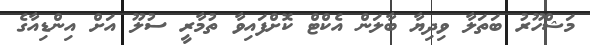
މަޝްހޫރު ބަތަލާ ވިދިޔާ ބާލަން އެކްޓް ކޮށްފައިވާ ތުމާރީ ސުލޫ އަށް އިންޑިއާގެ